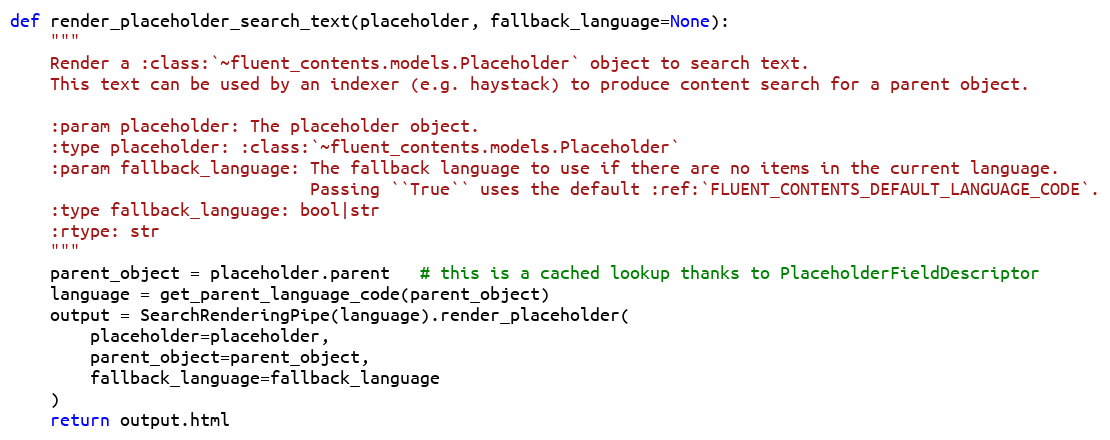
Language: Python
def render_placeholder_search_text(placeholder, fallback_language=None):
    """
    Render a :class:`~fluent_contents.models.Placeholder` object to search text.
    This text can be used by an indexer (e.g. haystack) to produce content search for a parent object.

    :param placeholder: The placeholder object.
    :type placeholder: :class:`~fluent_contents.models.Placeholder`
    :param fallback_language: The fallback language to use if there are no items in the current language.
                              Passing ``True`` uses the default :ref:`FLUENT_CONTENTS_DEFAULT_LANGUAGE_CODE`.
    :type fallback_language: bool|str
    :rtype: str
    """
    parent_object = placeholder.parent   # this is a cached lookup thanks to PlaceholderFieldDescriptor
    language = get_parent_language_code(parent_object)
    output = SearchRenderingPipe(language).render_placeholder(
        placeholder=placeholder,
        parent_object=parent_object,
        fallback_language=fallback_language
    )
    return output.html